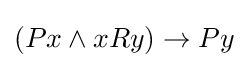
(Px\land xRy)\rightarrow Py